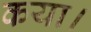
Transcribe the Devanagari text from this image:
कया।